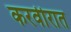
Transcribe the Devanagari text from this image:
करवीरात